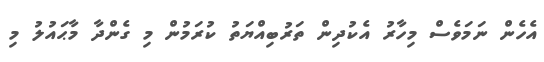
އެހެން ނަމަވެސް މިހާރު އެކުދިން ތަރުބިއްޔަތު ކުރަމުން މި ގެންދާ މާޙައުލު މި